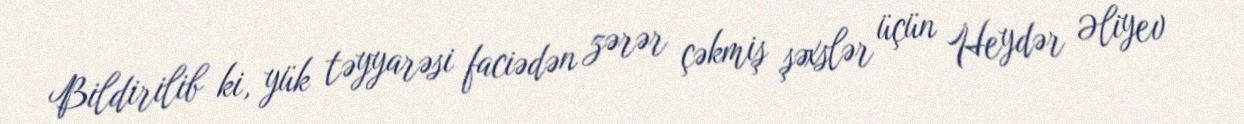
Bildirilib ki, yük təyyarəsi faciədən zərər çəkmiş şəxslər üçün Heydər Əliyev